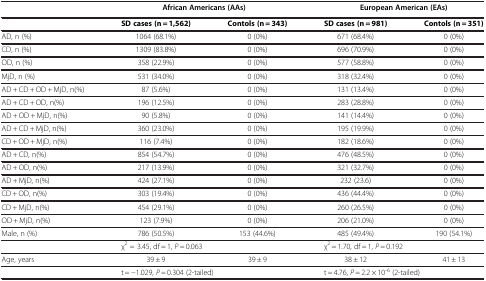
<table><thead><tr><td><b> </b></td><td colspan="2"><b>African Americans (AAs)</b></td><td colspan="2"><b>European American (EAs)</b></td></tr></thead><tbody><tr><td> </td><td><b>SD cases (n = 1,562)</b></td><td><b>Contols (n = 343)</b></td><td><b>SD cases (n = 981)</b></td><td><b>Contols (n = 351)</b></td></tr><tr><td>AD, n (%)</td><td>1064 (68.1%)</td><td>0 (0%)</td><td>671 (68.4%)</td><td>0 (0%)</td></tr><tr><td>CD, n (%)</td><td>1309 (83.8%)</td><td>0 (0%)</td><td>696 (70.9%)</td><td>0 (0%)</td></tr><tr><td>OD, n (%)</td><td>358 (22.9%)</td><td>0 (0%)</td><td>577 (58.8%)</td><td>0 (0%)</td></tr><tr><td>MjD, n (%)</td><td>531 (34.0%)</td><td>0 (0%)</td><td>318 (32.4%)</td><td>0 (0%)</td></tr><tr><td>AD + CD + OD + MjD, n(%)</td><td>87 (5.6%)</td><td>0 (0%)</td><td>131 (13.4%)</td><td>0 (0%)</td></tr><tr><td>AD + CD + OD, n(%)</td><td>196 (12.5%)</td><td>0 (0%)</td><td>283 (28.8%)</td><td>0 (0%)</td></tr><tr><td>AD + OD + MjD, n(%)</td><td>90 (5.8%)</td><td>0 (0%)</td><td>141 (14.4%)</td><td>0 (0%)</td></tr><tr><td>AD + CD + MjD, n(%)</td><td>360 (23.0%)</td><td>0 (0%)</td><td>195 (19.9%)</td><td>0 (0%)</td></tr><tr><td>CD + OD + MjD, n(%)</td><td>116 (7.4%)</td><td>0 (0%)</td><td>182 (18.6%)</td><td>0 (0%)</td></tr><tr><td>AD + CD, n(%)</td><td>854 (54.7%)</td><td>0 (0%)</td><td>476 (48.5%)</td><td>0 (0%)</td></tr><tr><td>AD + OD, n(%)</td><td>217 (13.9%)</td><td>0 (0%)</td><td>321 (32.7%)</td><td>0 (0%)</td></tr><tr><td>AD + MjD, n(%)</td><td>424 (27.1%)</td><td>0 (0%)</td><td>232 (23.6)</td><td>0 (0%)</td></tr><tr><td>CD + OD, n(%)</td><td>303 (19.4%)</td><td>0 (0%)</td><td>436 (44.4%)</td><td>0 (0%)</td></tr><tr><td>CD + MjD, n(%)</td><td>454 (29.1%)</td><td>0 (0%)</td><td>260 (26.5%)</td><td>0 (0%)</td></tr><tr><td>OD + MjD, n(%)</td><td>123 (7.9%)</td><td>0 (0%)</td><td>206 (21.0%)</td><td>0 (0%)</td></tr><tr><td>Male, n (%)</td><td>786 (50.5%)</td><td>153 (44.6%)</td><td>485 (49.4%)</td><td>190 (54.1%)</td></tr><tr><td> </td><td>χ<sup>2</sup> = 3.45, df = 1, <i>P</i> = 0.063</td><td> </td><td>χ<sup>2</sup> = 1.70, df = 1, <i>P</i> = 0.192</td><td> </td></tr><tr><td>Age, years</td><td>39 ± 9</td><td>39 ± 9</td><td>38 ± 12</td><td>41 ± 13</td></tr><tr><td> </td><td>t = −1.029, <i>P</i> = 0.304 (2-tailed)</td><td> </td><td>t = 4.76, <i>P</i> = 2.2 × 10<sup>-6</sup> (2-tailed)</td><td> </td></tr></tbody></table>